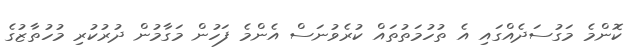
ކޮންމެ މަގުސަދެއްގައި އެ ތުހުމަތުތައް ކުރެވުނަސް އެންމެ ފަހުން މަގާމުން ދުރުކުރި މުހުތާޒުގެ